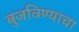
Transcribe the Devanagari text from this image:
बुजविण्याचा